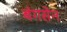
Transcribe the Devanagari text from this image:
बंगसेन